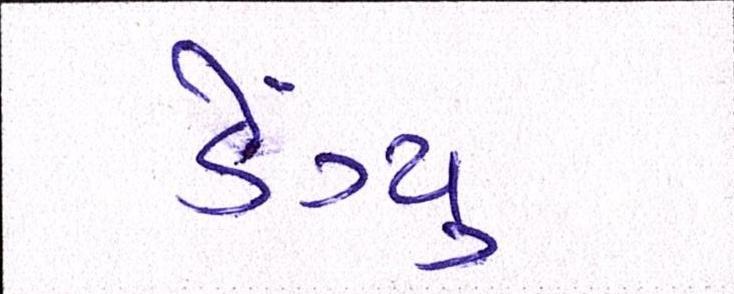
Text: ડેંગ્યુ